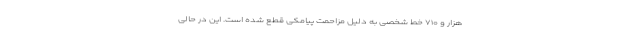
هزار و ۷۱۰ خط شخصی به دلیل مزاحمت پیامکی قطع شده است. این در حالی